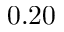
0 . 2 0